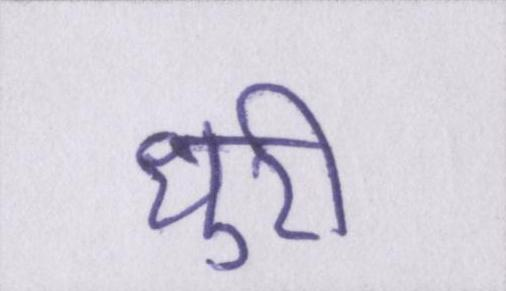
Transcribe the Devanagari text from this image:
धुरी